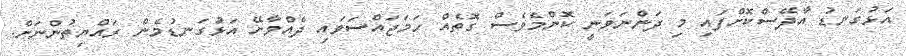
އަޅުގަނޑު އާދޭސްކޮށްފައި މި ދަންނަވަނީ ކޮންމެވެސް ގޮތެއް ހަމަޖައްސަވައި ދެއްވާށޭ އަޅުގަނޑުމެން ރައްޔިތުންނަށް.